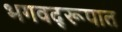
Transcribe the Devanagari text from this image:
भगवद्‌रूपात